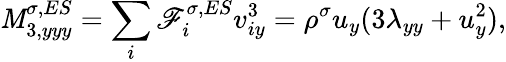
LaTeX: \mathit{M}_{3,yyy}^{\sigma,ES}=\sum_{i}\mathscr{F}_{i}^{\sigma,ES}v_{iy}^{3}=\rho^{\sigma}u_{y}(3\lambda_{yy}+u_{y}^{2}),